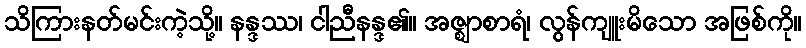
သိကြားနတ်မင်းကဲ့သို့။ နန္ဒဿ၊ ငါညီနန္ဒ၏။ အဇ္ဈာစာရံ၊ လွန်ကျူးမိသော အဖြစ်ကို။